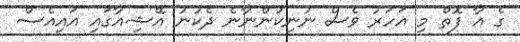
ގެ އާ ފޮތް މި އަހަރު ވެސް ނުނިކުންނާނެ ދެކުނު އޭޝިއާގައި އައިއެސް